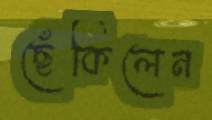
ছেঁকিলেন